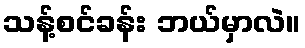
သန့်စင်ခန်း ဘယ်မှာလဲ။